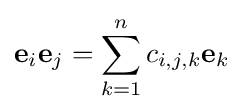
\mathbf {e} _{i}\mathbf {e} _{j}=\sum _{k=1}^{n}c_{i,j,k}\mathbf {e} _{k}